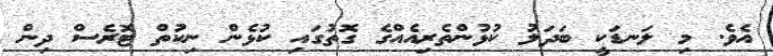
އެވެ. މި ލަނޑަކީ ބަދަލު ކުޅުންތެރިއެއްގެ ގޮތުގައި ކުޅެން ނިކުތް ޓޮރެސް ދިން